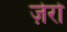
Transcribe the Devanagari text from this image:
ज़ेरो